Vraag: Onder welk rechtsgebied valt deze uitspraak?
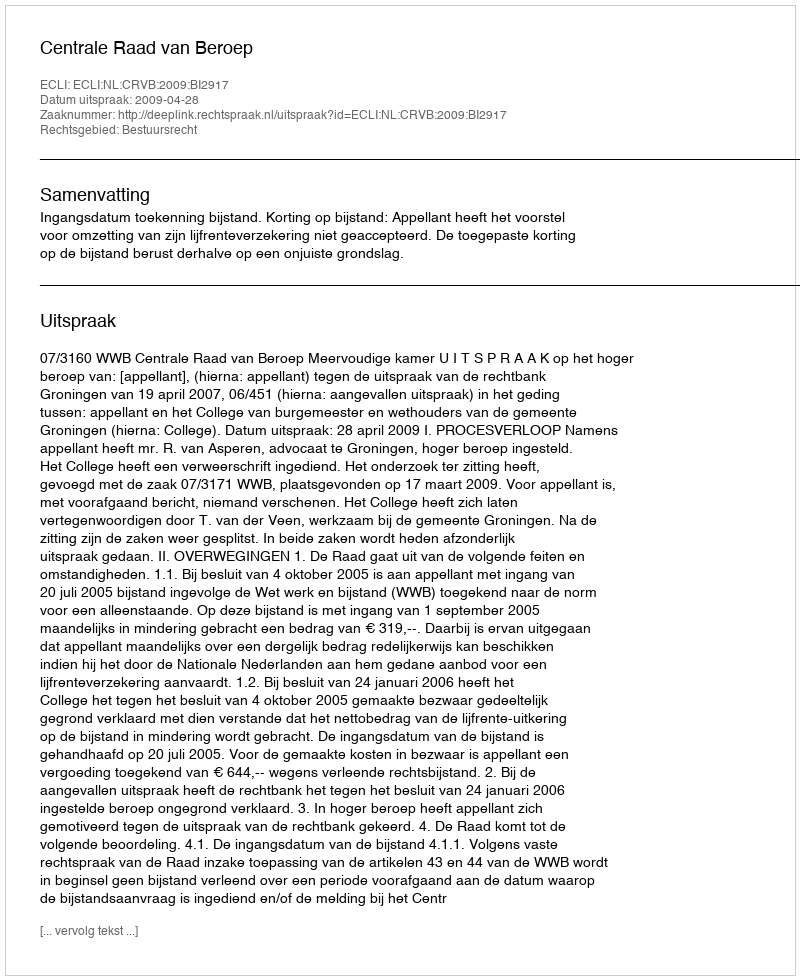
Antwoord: Bestuursrecht